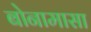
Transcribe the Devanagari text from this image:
बोनामासा